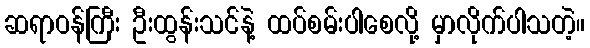
ဆရာဝန်ကြီး ဦးထွန်းသင်နဲ့ ထပ်စမ်းပါစေလို့ မှာလိုက်ပါသတဲ့။